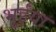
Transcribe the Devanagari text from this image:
भूईंया